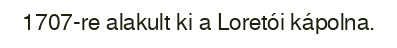
1707-re alakult ki a Loretói kápolna.